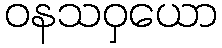
ဝနသဝှယော